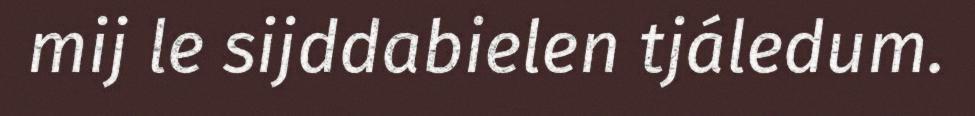
mij le sijddabielen tjáledum.